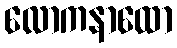
လောကနာထော